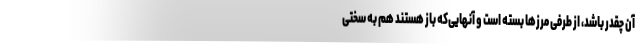
آن چقدر باشد، از طرفی مرزها بسته است و آنهایی‌که باز هستند هم به سختی